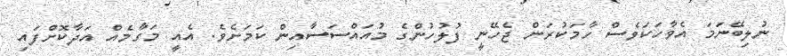
ނުލިބޭނަމަ އެވާހަކަވެސް ހާމަކުރަން ޖެހޭނީ ފުލުހުންގެ މުއައްސަސާއިން ކަމަށެވެ. އެއީ މަގާމެއް އަދާކޮށްފައި